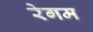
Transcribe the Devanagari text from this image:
रेगम